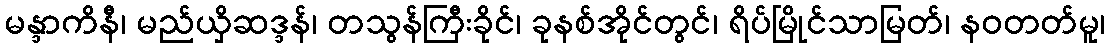
မန္ဒာကိနီ၊ မည်ယှိဆဒ္ဒန်၊ တသွန်ကြီးခိုင်၊ ခုနစ်အိုင်တွင်၊ ရိပ်မြိုင်သာမြတ်၊ နဝတတ်မူ၊